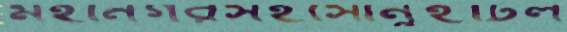
মহানগরসহসোনুইটিল